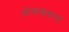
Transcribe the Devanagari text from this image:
ओळखवानां